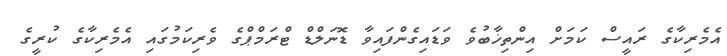
އެމެރިކާގެ ރައީސް ކަމަށް އިންތިޚާބުވެ ވަޑައިގެންފައިވާ ޑޮނަލްޑް ޓްރަމްޕްގެ ވެރިކަމުގައި އެމެރިކާގެ ކުރީގެ